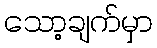
သော့ချက်မှာ